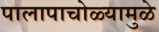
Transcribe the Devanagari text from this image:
पालापाचोळ्यामुळे